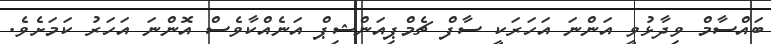
ބައްސާމް ވިދާޅުވީ އަންނަ އަހަރަކީ ސާފް ޗެމްޕިއަންޝިޕް އަނެއްކާވެސް އޮންނަ އަހަރު ކަމަށެވެ.